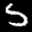
Label: 5